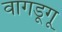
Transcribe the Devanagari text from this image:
वागडूगू